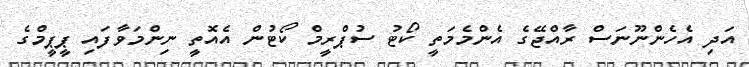
އަދި އެހެންނޫނަސް ރާއްޖޭގެ އެންމެމަތީ ކޯޓު ސުޕްރީމް ކޯޓުން އެއޮތީ ނިންމަވާފައި ޕީޕީމްގެ